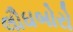
લૌઘબોરો